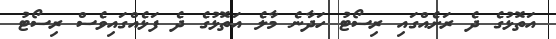
އަތޮޅުގެ ދެ ރަށެއްގައި ރިސޯޓު ހަދާނެ މާލެ އަތޮޅުގެ ދެ ފަޅެއްގައިވެސް ރިސޯޓު